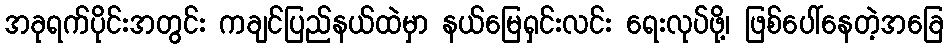
အခုရက်ပိုင်းအတွင်း ကချင်ပြည်နယ်ထဲမှာ နယ်မြေရှင်းလင်း ရေးလုပ်ဖို့၊ ဖြစ်ပေါ်နေတဲ့အခြေ